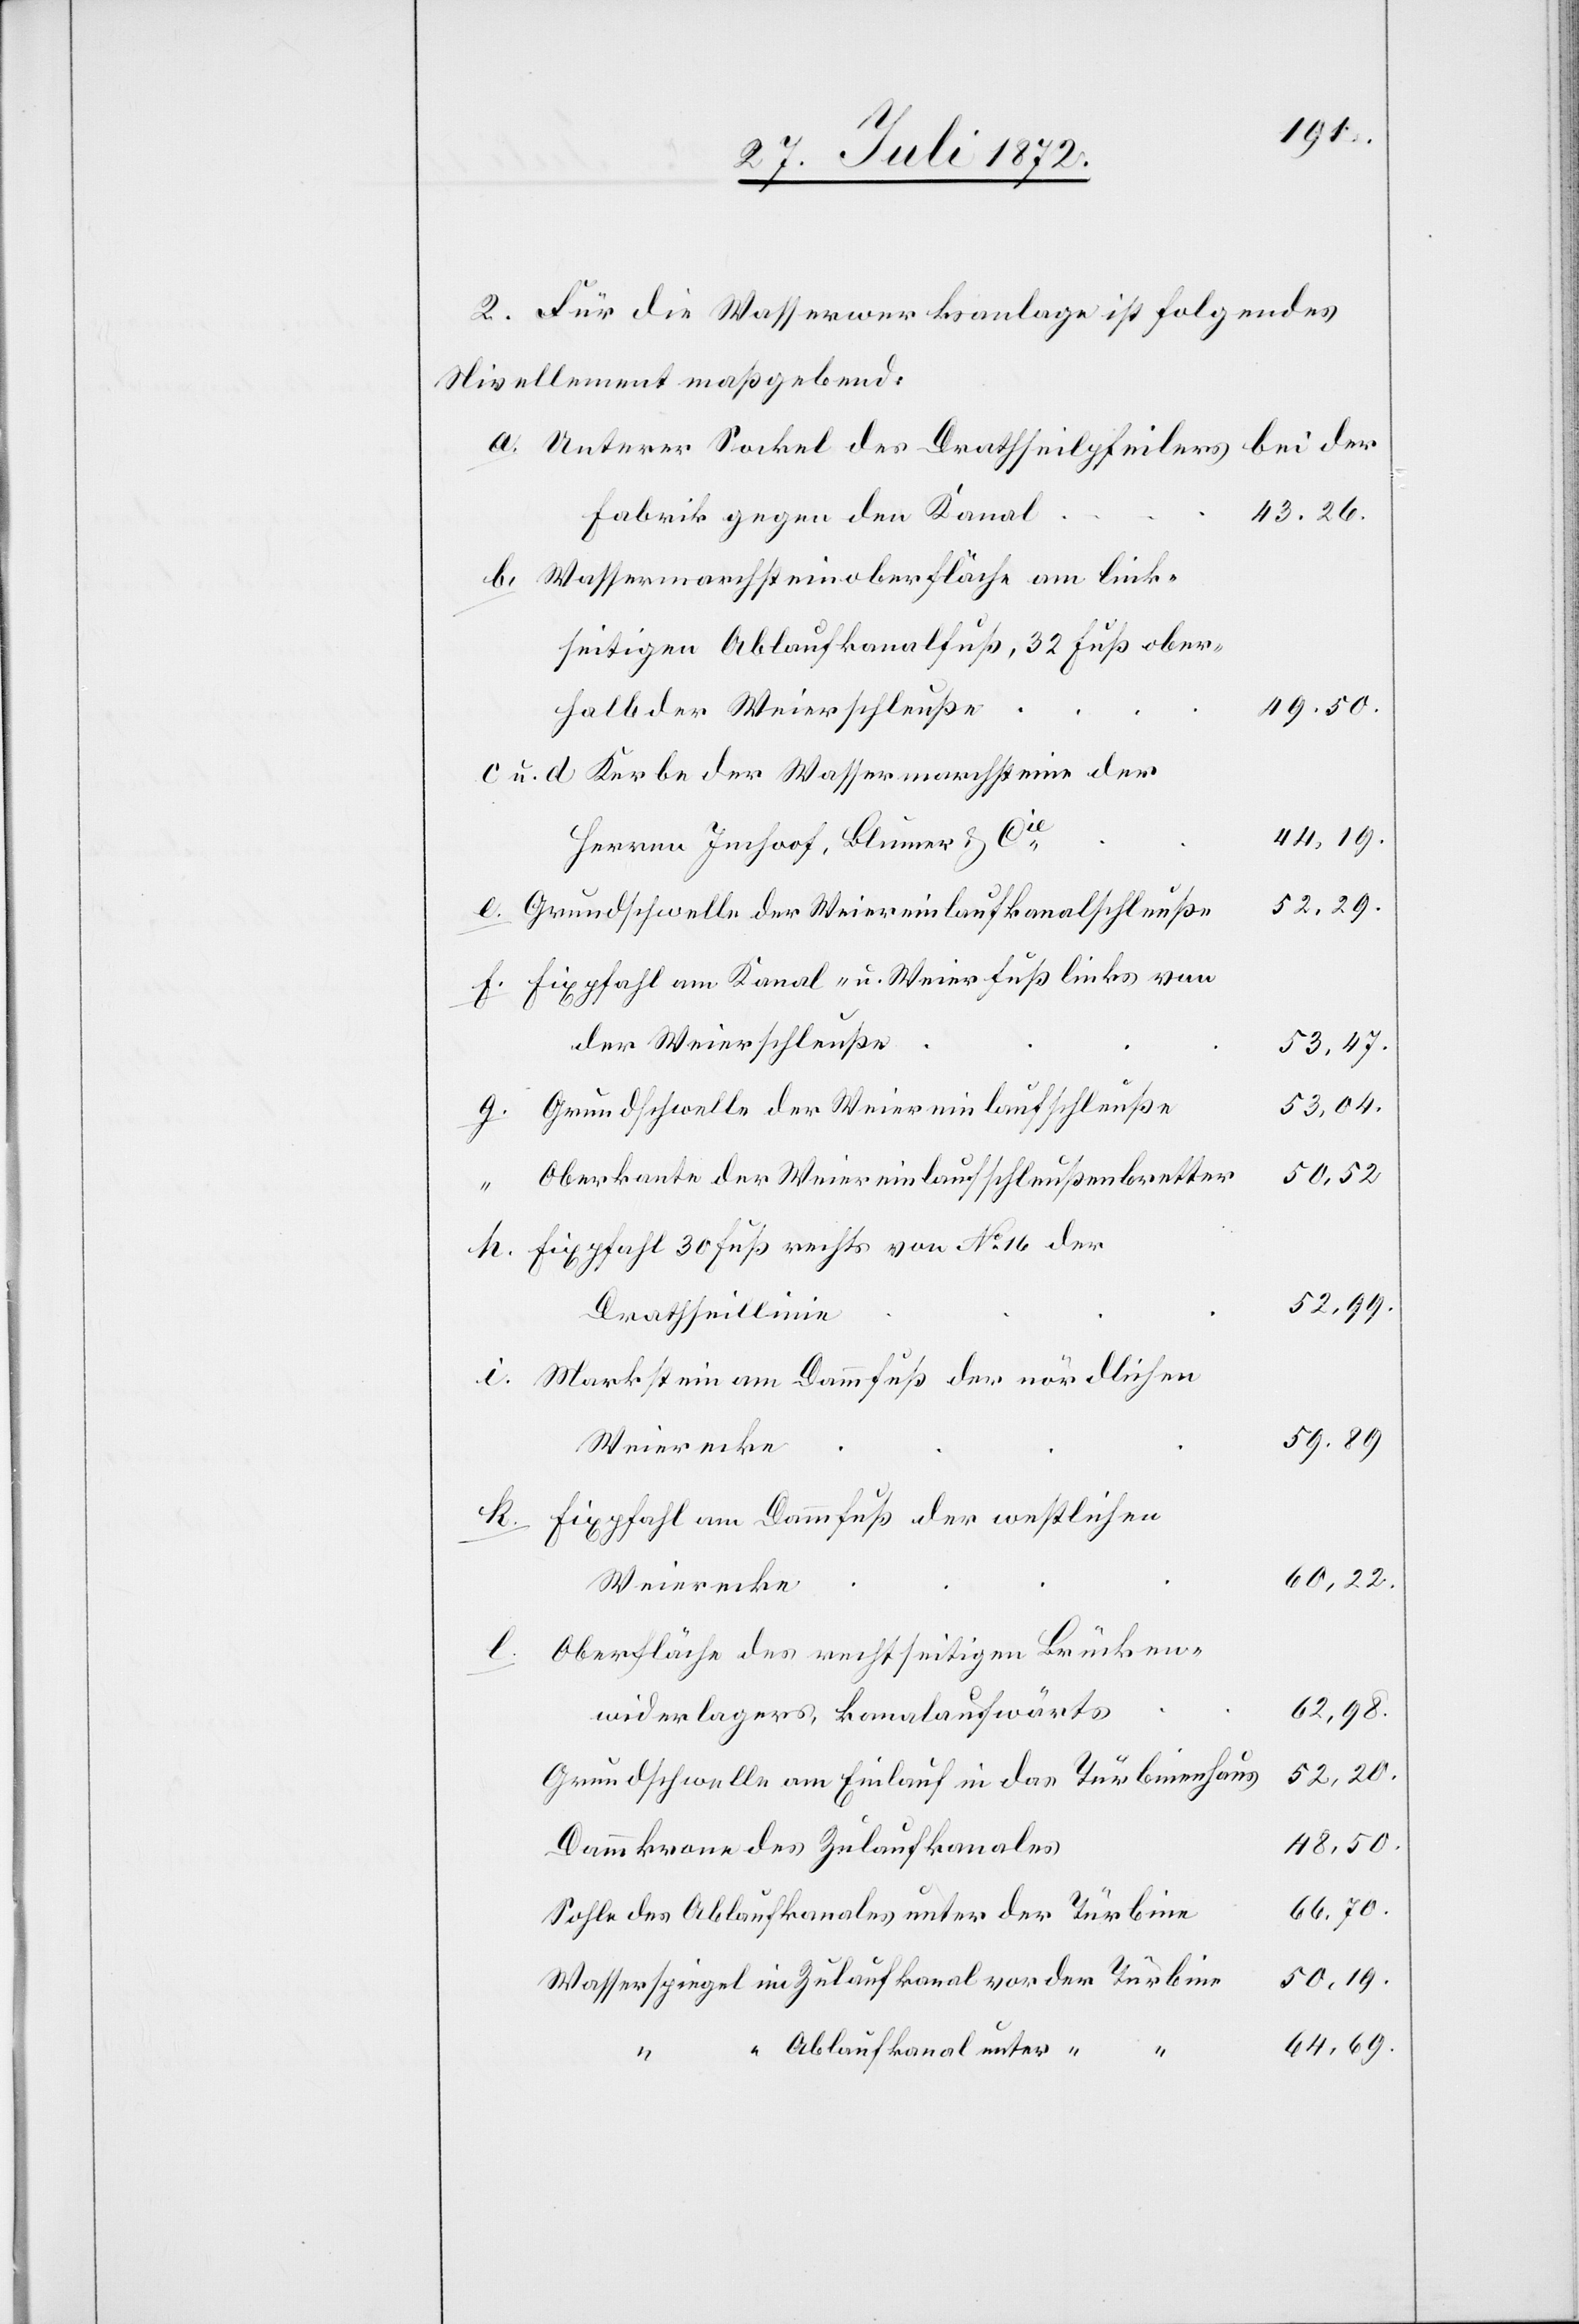
2. Für die Wasserwerksanlage ist folgendes
Nivellement maßgebend:
bei der
Unterer Sockel des Drathseilpfeilers
43.26.
Fabrik gegen den Kanal
Wassermarchsteinoberfläche am link¬
seitigen Ablaufkanalfuß, 32 Fuß ober¬
49.50
halb der Weierschleuße
Kerbe der Wassermarchsteine der
44.19.
Herren Imhoof, Blumer u. Cie
52.29.
Grundschwelle der Weiereinlaufkanalschleuße
Fixpfahl am Kanal- u. Weierfuß links von
der Weierschleuße
50,18.
53.04.
Grundschwelle der Weiereinlaufschleuße
50.52.
Oberkante der Weiereinlaufschleußenbretter
Fixpfahl 30 Fuß rechts von No 16 der
52.99.
Drathseillinie
Markstein am Dammfuß der nördlichen
59.89.
Fixpfahl am Dammfuß der westlichen
60,22.
Weierecke
Oberfläche des rechtseitigen Brücken¬
62,98.
widerlagers, kanalaufwärts
52,20.
Grundschwelle am Einlauf in das Türbinenhaus
48,50.
Dammkrone des Zulaufkanales
66.70.
Sohle des Ablaufkanales unter der Türbine
Wasserspiegel im Zulaufkanal vor der Türbine
64,69.
“ Ablaufkanal unter “
l.